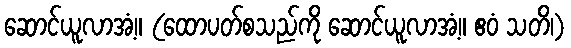
ဆောင်ယူလာအံ့။ (ထောပတ်စသည်ကို ဆောင်ယူလာအံ့။ ဧဝံ သတိ၊)